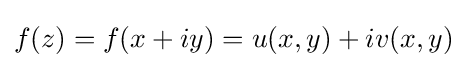
f(z)=f(x+iy)=u(x,y)+iv(x,y)